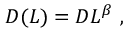
\begin{array} { r } { D ( L ) = D L ^ { \beta } \ , } \end{array}